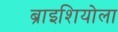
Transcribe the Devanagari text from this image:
ब्राइशियोला